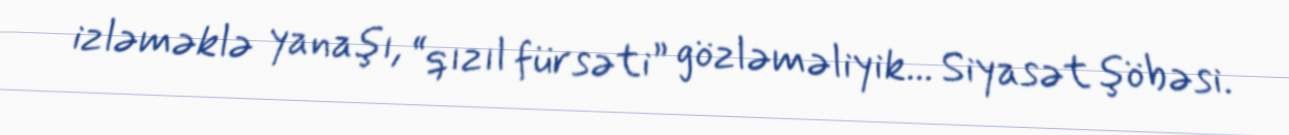
izləməklə yanaşı, “qızıl fürsəti” gözləməliyik... Siyasət şöbəsi.